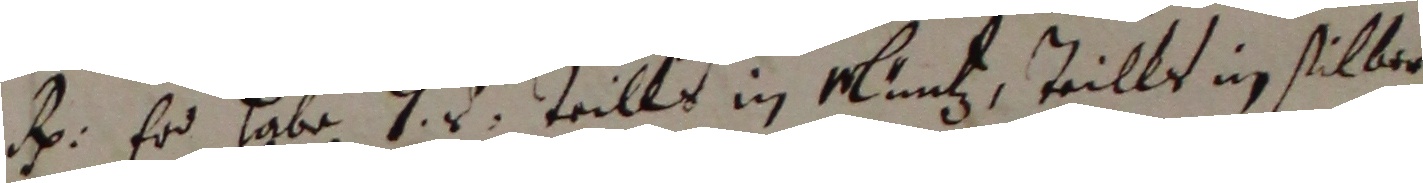
d er hybe 7 l teills in mantz, teills in selbes